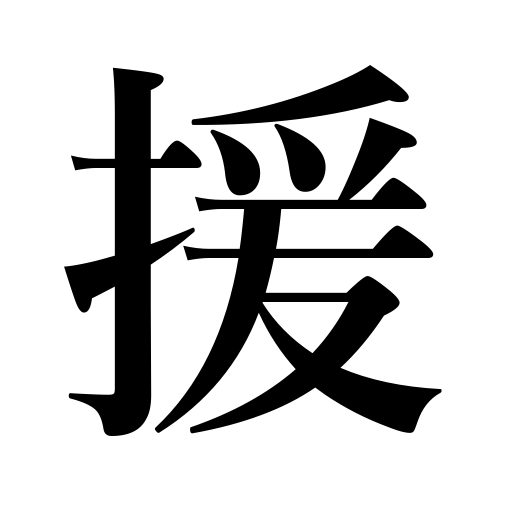
Meanings: help,save